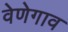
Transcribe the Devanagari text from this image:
वेणेगाव